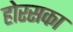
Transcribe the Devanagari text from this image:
होरसका